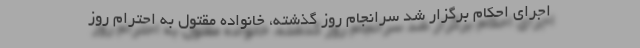
اجرای احکام برگزار شد سرانجام روز گذشته، خانواده مقتول به احترام روز